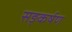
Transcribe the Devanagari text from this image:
सङ्कर्षण